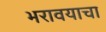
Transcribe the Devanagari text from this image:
भरावयाचा